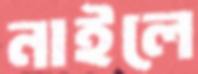
নাইলে